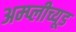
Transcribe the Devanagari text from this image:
अम्प्लीच्यूड